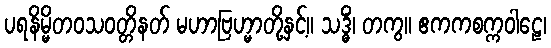
ပရနိမ္မိတဝသဝတ္တိနတ် မဟာဗြဟ္မာတို့နှင့်။ သဒ္ဓိံ၊ တကွ။ ဧကကစက္ကဝါဠေ၊